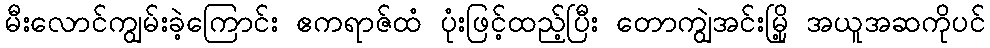
မီးလောင်ကျွမ်းခဲ့ကြောင်း ဧကရာဇ်ထံ ပုံးဖြင့်ထည့်ပြီး တောကျွဲအင်းမြို့ အယူအဆကိုပင်